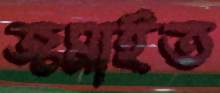
জমাইত